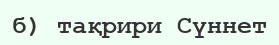
б) тақрири Сүннет